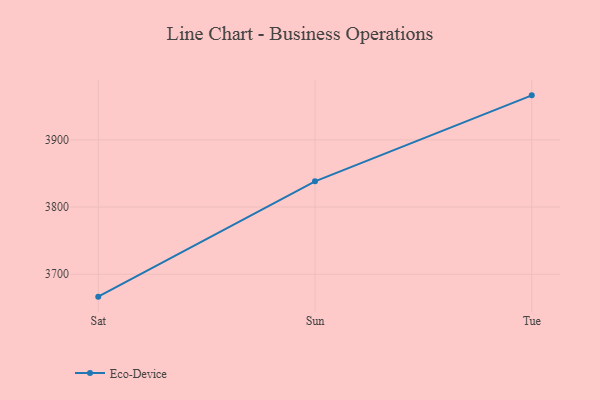
{"axis": {"x": "Day", "y": "Latency (ms)"}, "legend": ["Eco-Device"], "data": [{"x": "Sat", "y": 3666.7, "type": "Eco-Device"}, {"x": "Sun", "y": 3838.3, "type": "Eco-Device"}, {"x": "Tue", "y": 3966.3, "type": "Eco-Device"}]}